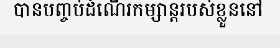
បានបញ្ចប់ដំណើរកម្សាន្តរបស់ខ្លួននៅ